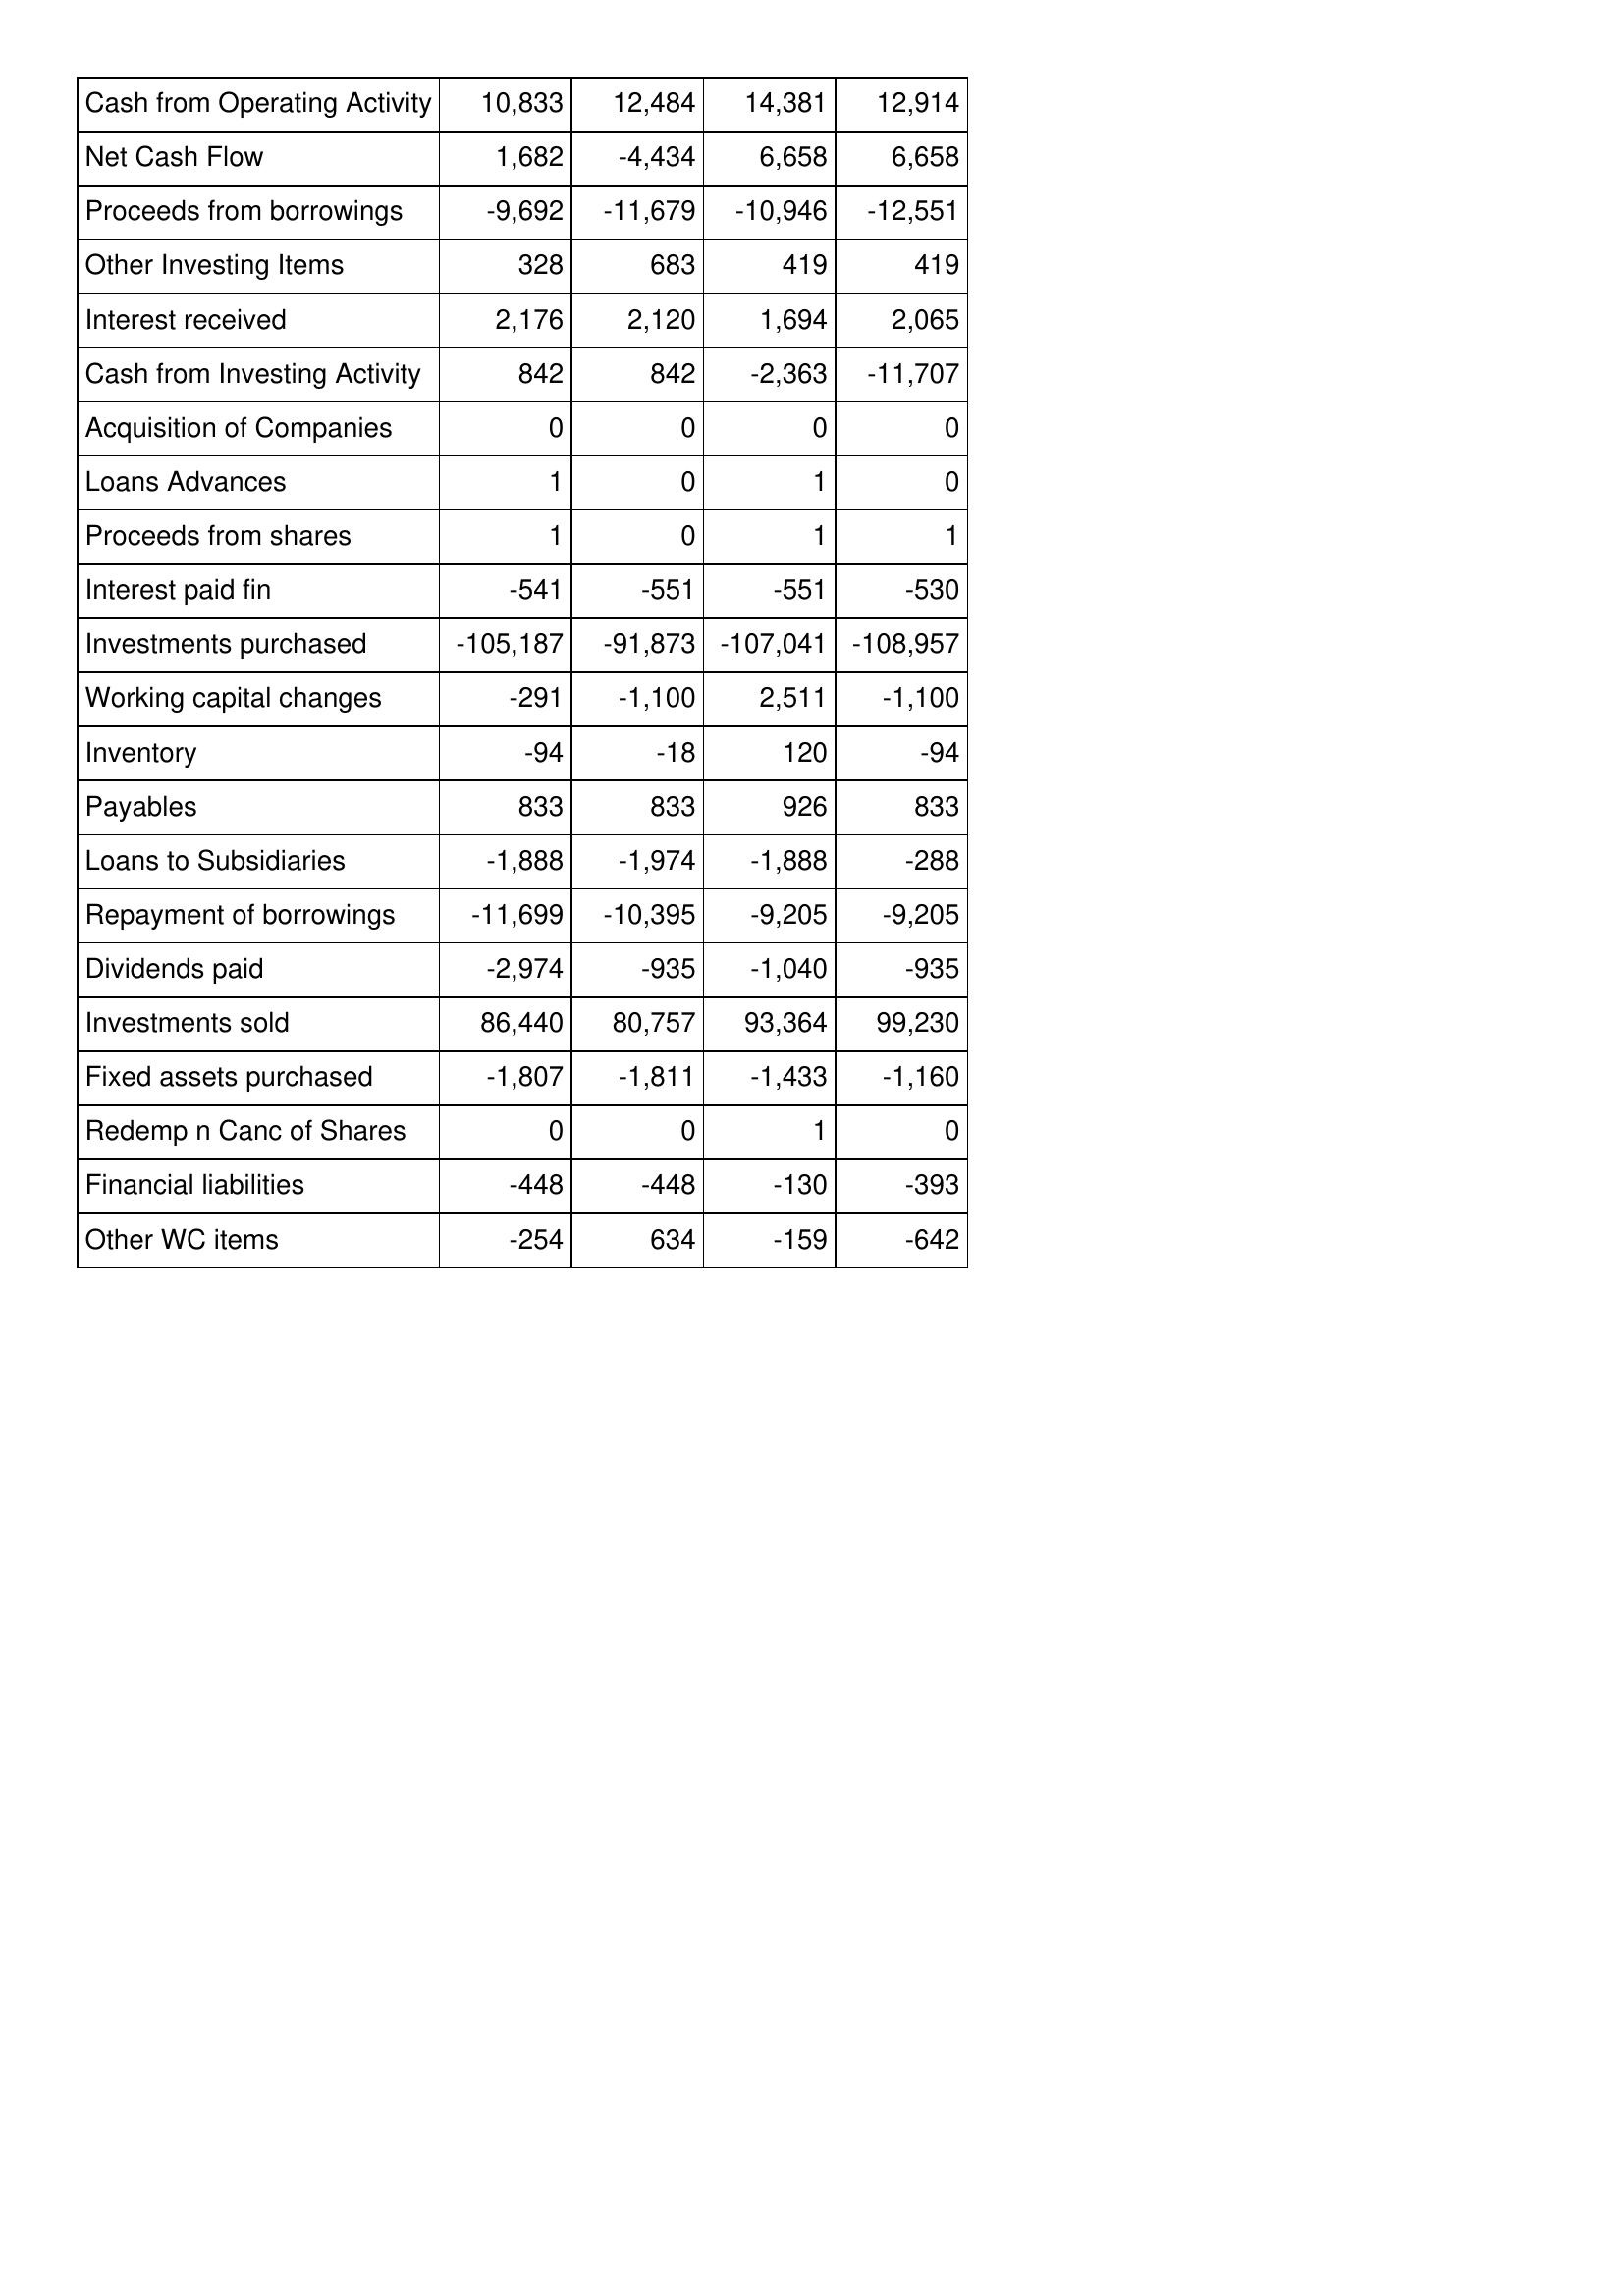
Sep-11: Cash Flows: Cash from Operating Activity: 10,833
Net Cash Flow: 1,682
Proceeds from borrowings: -9,692
Other Investing Items: 328
Interest received: 2,176
Cash from Investing Activity: 842
Acquisition of Companies: 0
Loans Advances: 1
Proceeds from shares: 1
Interest paid fin: -541
Investments purchased: -105,187
Working capital changes: -291
Inventory: -94
Payables: 833
Loans to Subsidiaries: -1,888
Repayment of borrowings: -11,699
Dividends paid: -2,974
Investments sold: 86,440
Fixed assets purchased: -1,807
Redemp n Canc of Shares: 0
Financial liabilities: -448
Other WC items: -254
Sep-10: Cash Flows: Cash from Operating Activity: 12,484
Net Cash Flow: -4,434
Proceeds from borrowings: -11,679
Other Investing Items: 683
Interest received: 2,120
Cash from Investing Activity: 842
Acquisition of Companies: 0
Loans Advances: 0
Proceeds from shares: 0
Interest paid fin: -551
Investments purchased: -91,873
Working capital changes: -1,100
Inventory: -18
Payables: 833
Loans to Subsidiaries: -1,974
Repayment of borrowings: -10,395
Dividends paid: -935
Investments sold: 80,757
Fixed assets purchased: -1,811
Redemp n Canc of Shares: 0
Financial liabilities: -448
Other WC items: 634
Sep-09: Cash Flows: Cash from Operating Activity: 14,381
Net Cash Flow: 6,658
Proceeds from borrowings: -10,946
Other Investing Items: 419
Interest received: 1,694
Cash from Investing Activity: -2,363
Acquisition of Companies: 0
Loans Advances: 1
Proceeds from shares: 1
Interest paid fin: -551
Investments purchased: -107,041
Working capital changes: 2,511
Inventory: 120
Payables: 926
Loans to Subsidiaries: -1,888
Repayment of borrowings: -9,205
Dividends paid: -1,040
Investments sold: 93,364
Fixed assets purchased: -1,433
Redemp n Canc of Shares: 1
Financial liabilities: -130
Other WC items: -159
Sep-08: Cash Flows: Cash from Operating Activity: 12,914
Net Cash Flow: 6,658
Proceeds from borrowings: -12,551
Other Investing Items: 419
Interest received: 2,065
Cash from Investing Activity: -11,707
Acquisition of Companies: 0
Loans Advances: 0
Proceeds from shares: 1
Interest paid fin: -530
Investments purchased: -108,957
Working capital changes: -1,100
Inventory: -94
Payables: 833
Loans to Subsidiaries: -288
Repayment of borrowings: -9,205
Dividends paid: -935
Investments sold: 99,230
Fixed assets purchased: -1,160
Redemp n Canc of Shares: 0
Financial liabilities: -393
Other WC items: -642